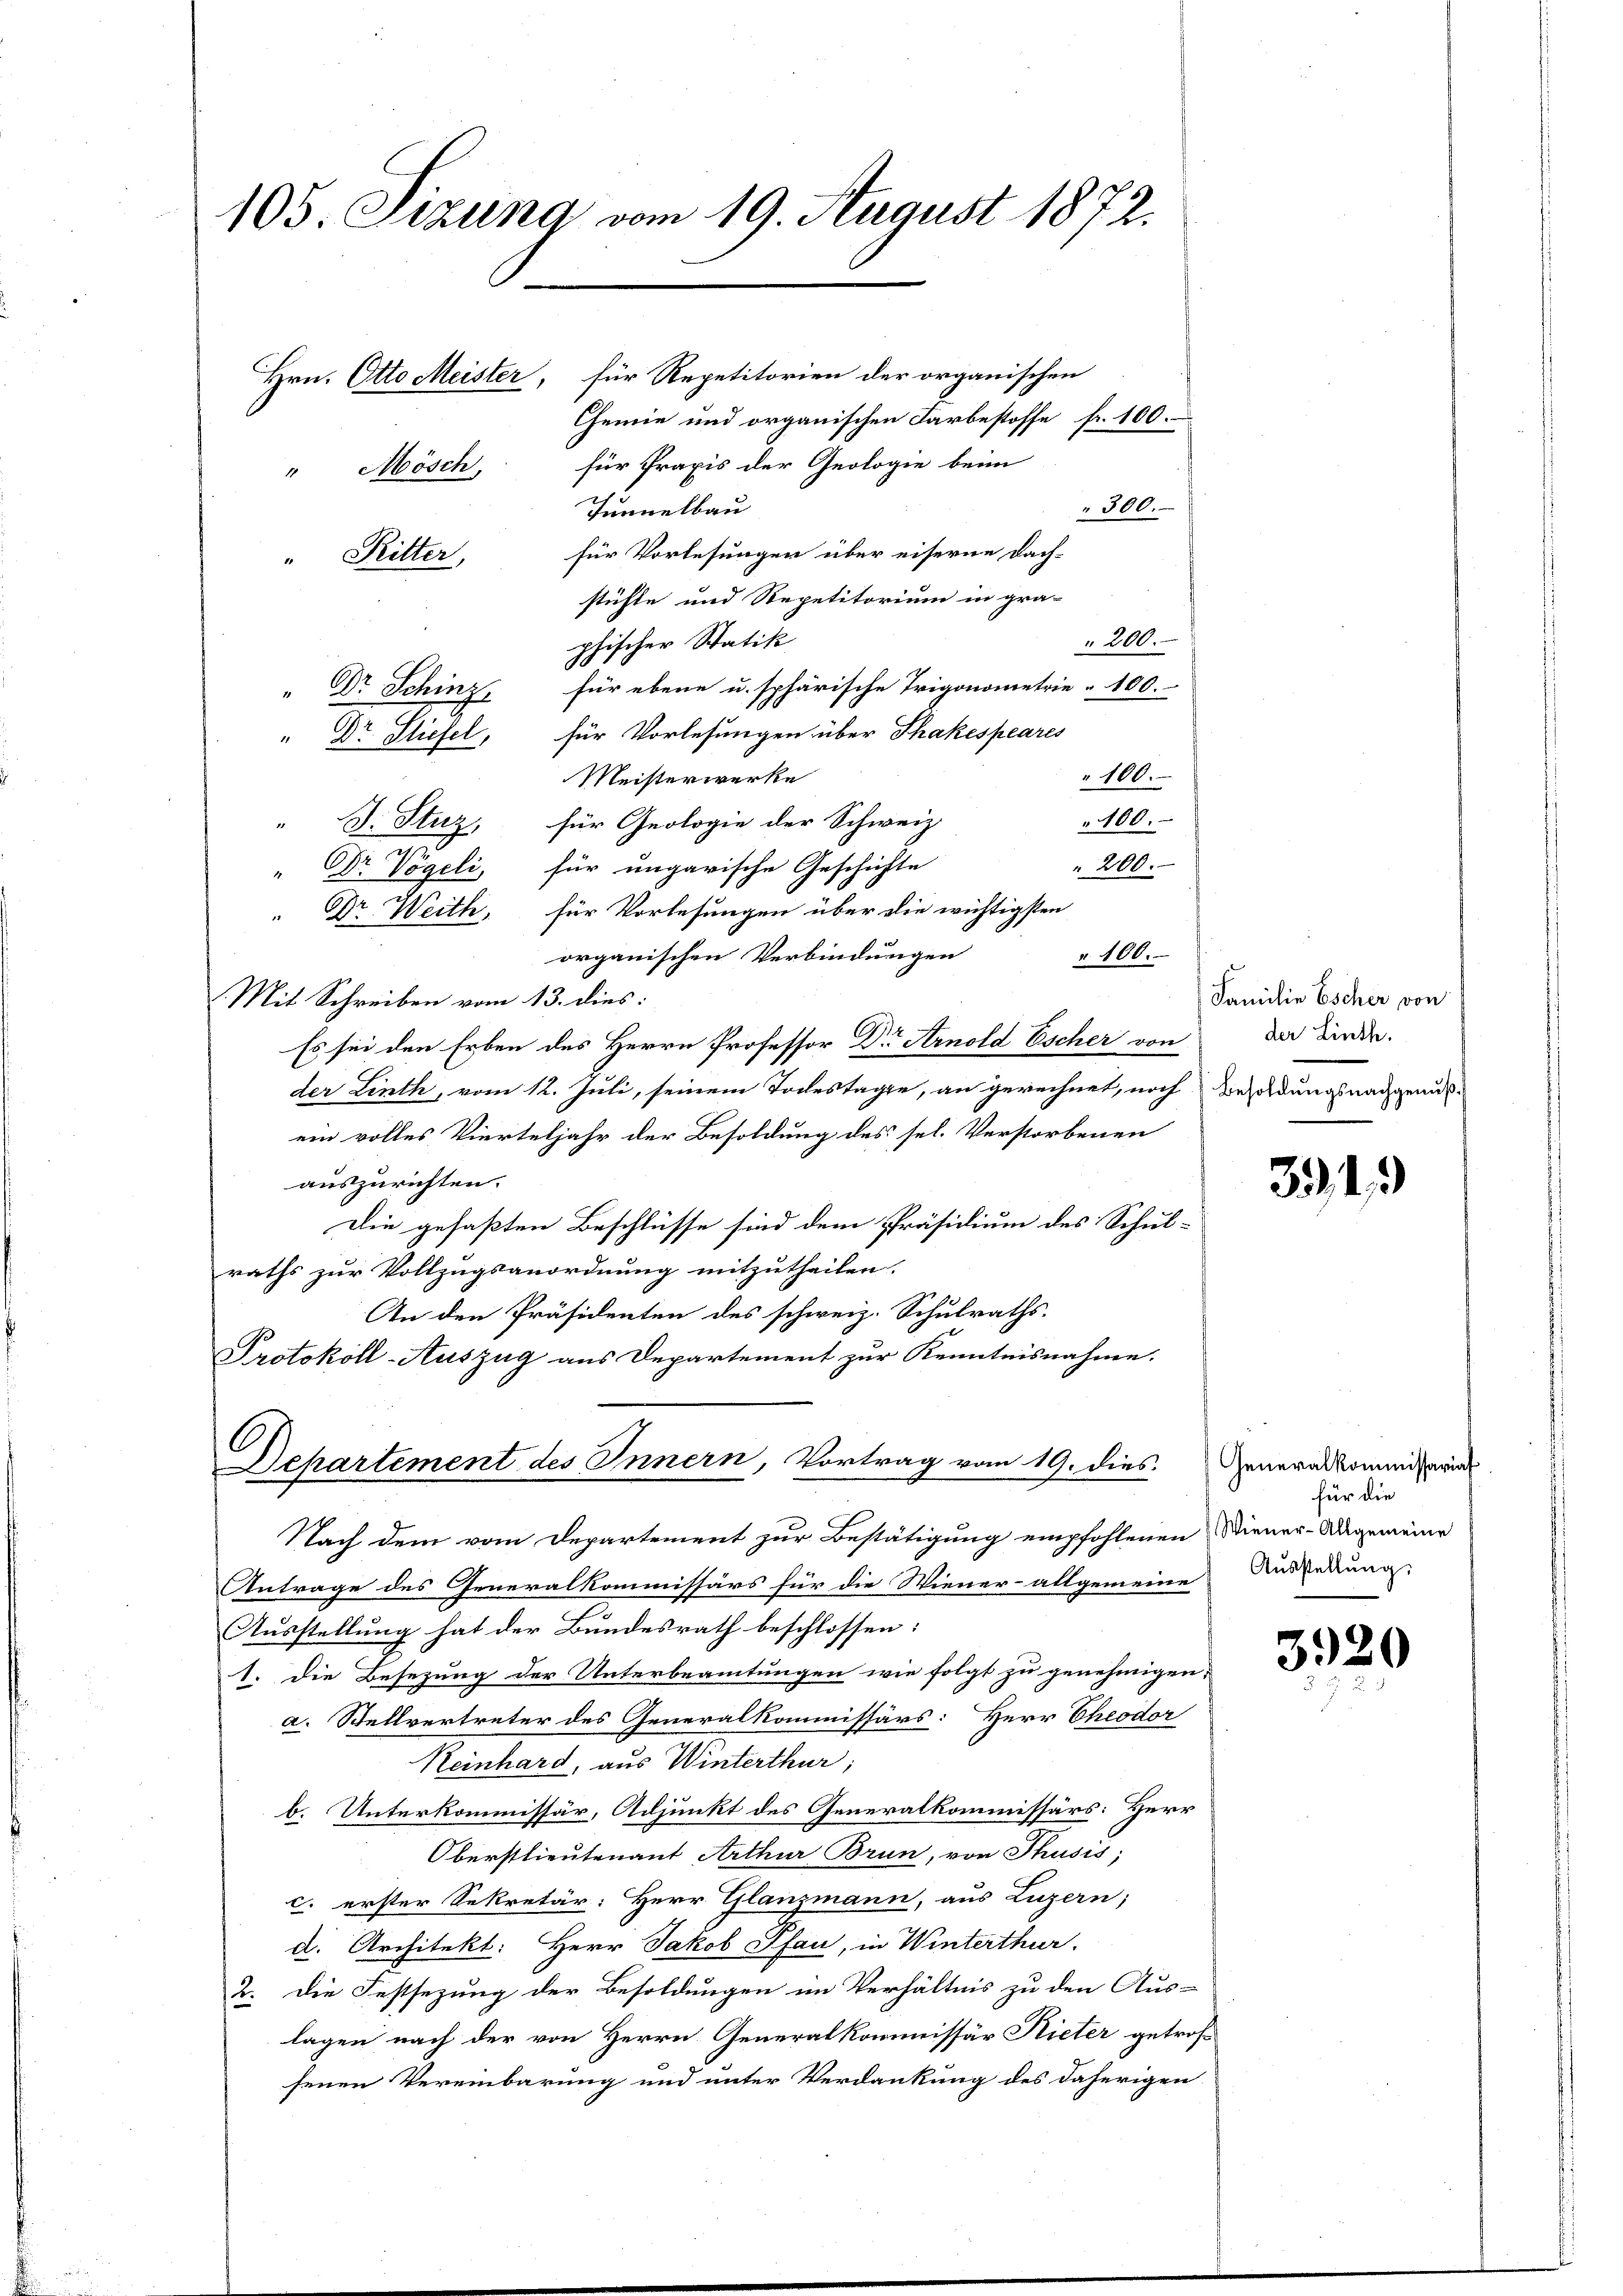
105. Sizung vom 19. August 1872.
Hrn. Otto Meister, für Repetitorien der organischen
Chemie und organischen Farbestoffe fr. 100.
" Mösch, für Praxis der Geologie beim
Tunnelbau
" 300.

" Ritter, für Vorlesungen über eiserne Dach-
stühle und Repetitorium in gra-
 200.
phischer Statik
" Dr. Schinz, für ebene u. sphärische Trigonometrie 100.
" Dr. Stiefel, für Vorlesungen über Shakespeares
Meisterwerke
100.
100.
" J. Stuz, für Geologie der Schweiz.
200.
Dr Vögeli, für ungarische Geschichte
" Dr. Weith, für Vorlesungen über die wichtigsten
organischen Verbindungen
" 100.
Mit Schreiben vom 13. dies:
Es sei den Erben des Herrn Professor Dr Arnold Escher von
der Linth, vom 12. Juli, seinem Todestagte, an gerechnet, noch Besoldungsnachgenuß-
ein volles Vierteljahr der Besoldung des sel. Verstorbenen
auszurichten.
Die gefaßten Beschlüsse sind dem Präsidium des Schul-
raths zur Vollzugsanordnung mitzutheilen.
An den Präsidenten des schweiz. Schulraths-
Protokoll-Auszug aus Departement zur Kenntnisnahme.
Dehartement des Innern, Vortrag vom 19. dies
Nach dem vom Departement zur Bestätigung empfohlenen Diener-Angemeine
Antrage des Generalkommissärs für die Wiener- allgemeine
Ausstellung hat der Bundesrath beschlossen:
1. Die Besezung der Unterbeamtungen wie folgt zu genehmigen,
a. Stellvertreter des Generalkommissärs: Herr Cheodor
Reinhard, aus Winterthur;
b. Unterkommissär, Adjunkt des Generalkommissärs: Herr
Oberstlieutenant Arthur Brun, von Thusis,
c. erster Sekretär: Herr Glanzmann, aus Luzern;
d. Architekt: Herr Jakob Pfan, in Winterthur.
2. Die Festsezung der Besoldungen im Verhältnis zu den Aus-
lagen nach der von Herrn Generalkommissär Rieter getrofsenen Vereinbarung und unter Verdankung des daherigen

Familie Escher von
der Linth.

334)

Generalkommissariat
für die
Ausstellung.

3920